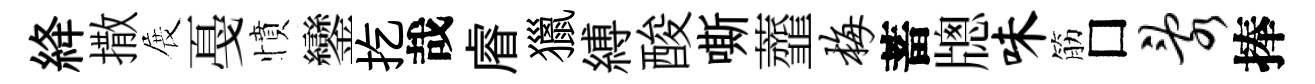
絳撒展戞憤鑾扢哉𥈠獵縛酸嘶虀梅蓄牕味筋□乱捧